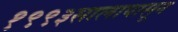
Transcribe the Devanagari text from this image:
१९९३सालापासून